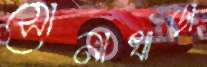
সোনাখাড়া